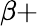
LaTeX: \beta+